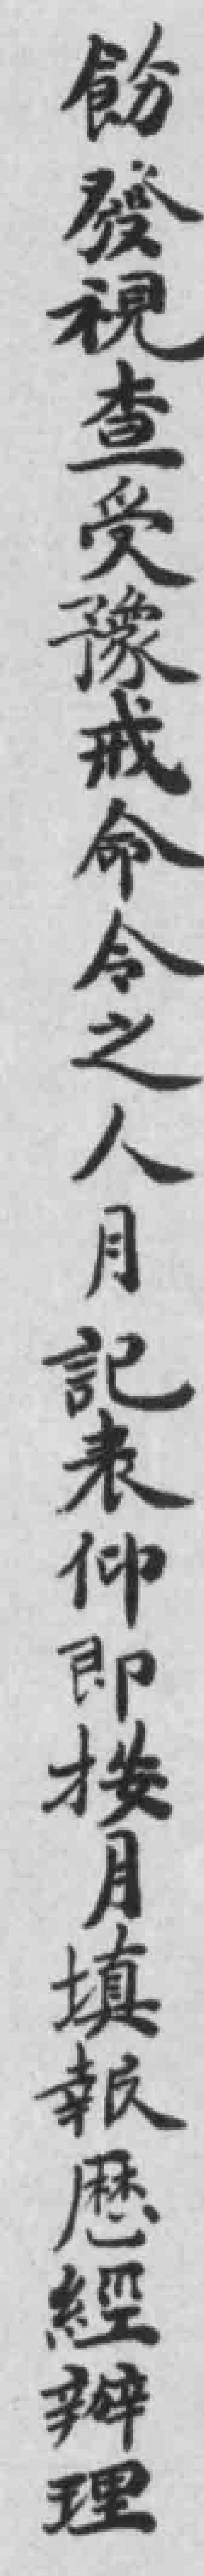
飭發視查受豫戒命令之人月記表仰即按月填報厯經辦理